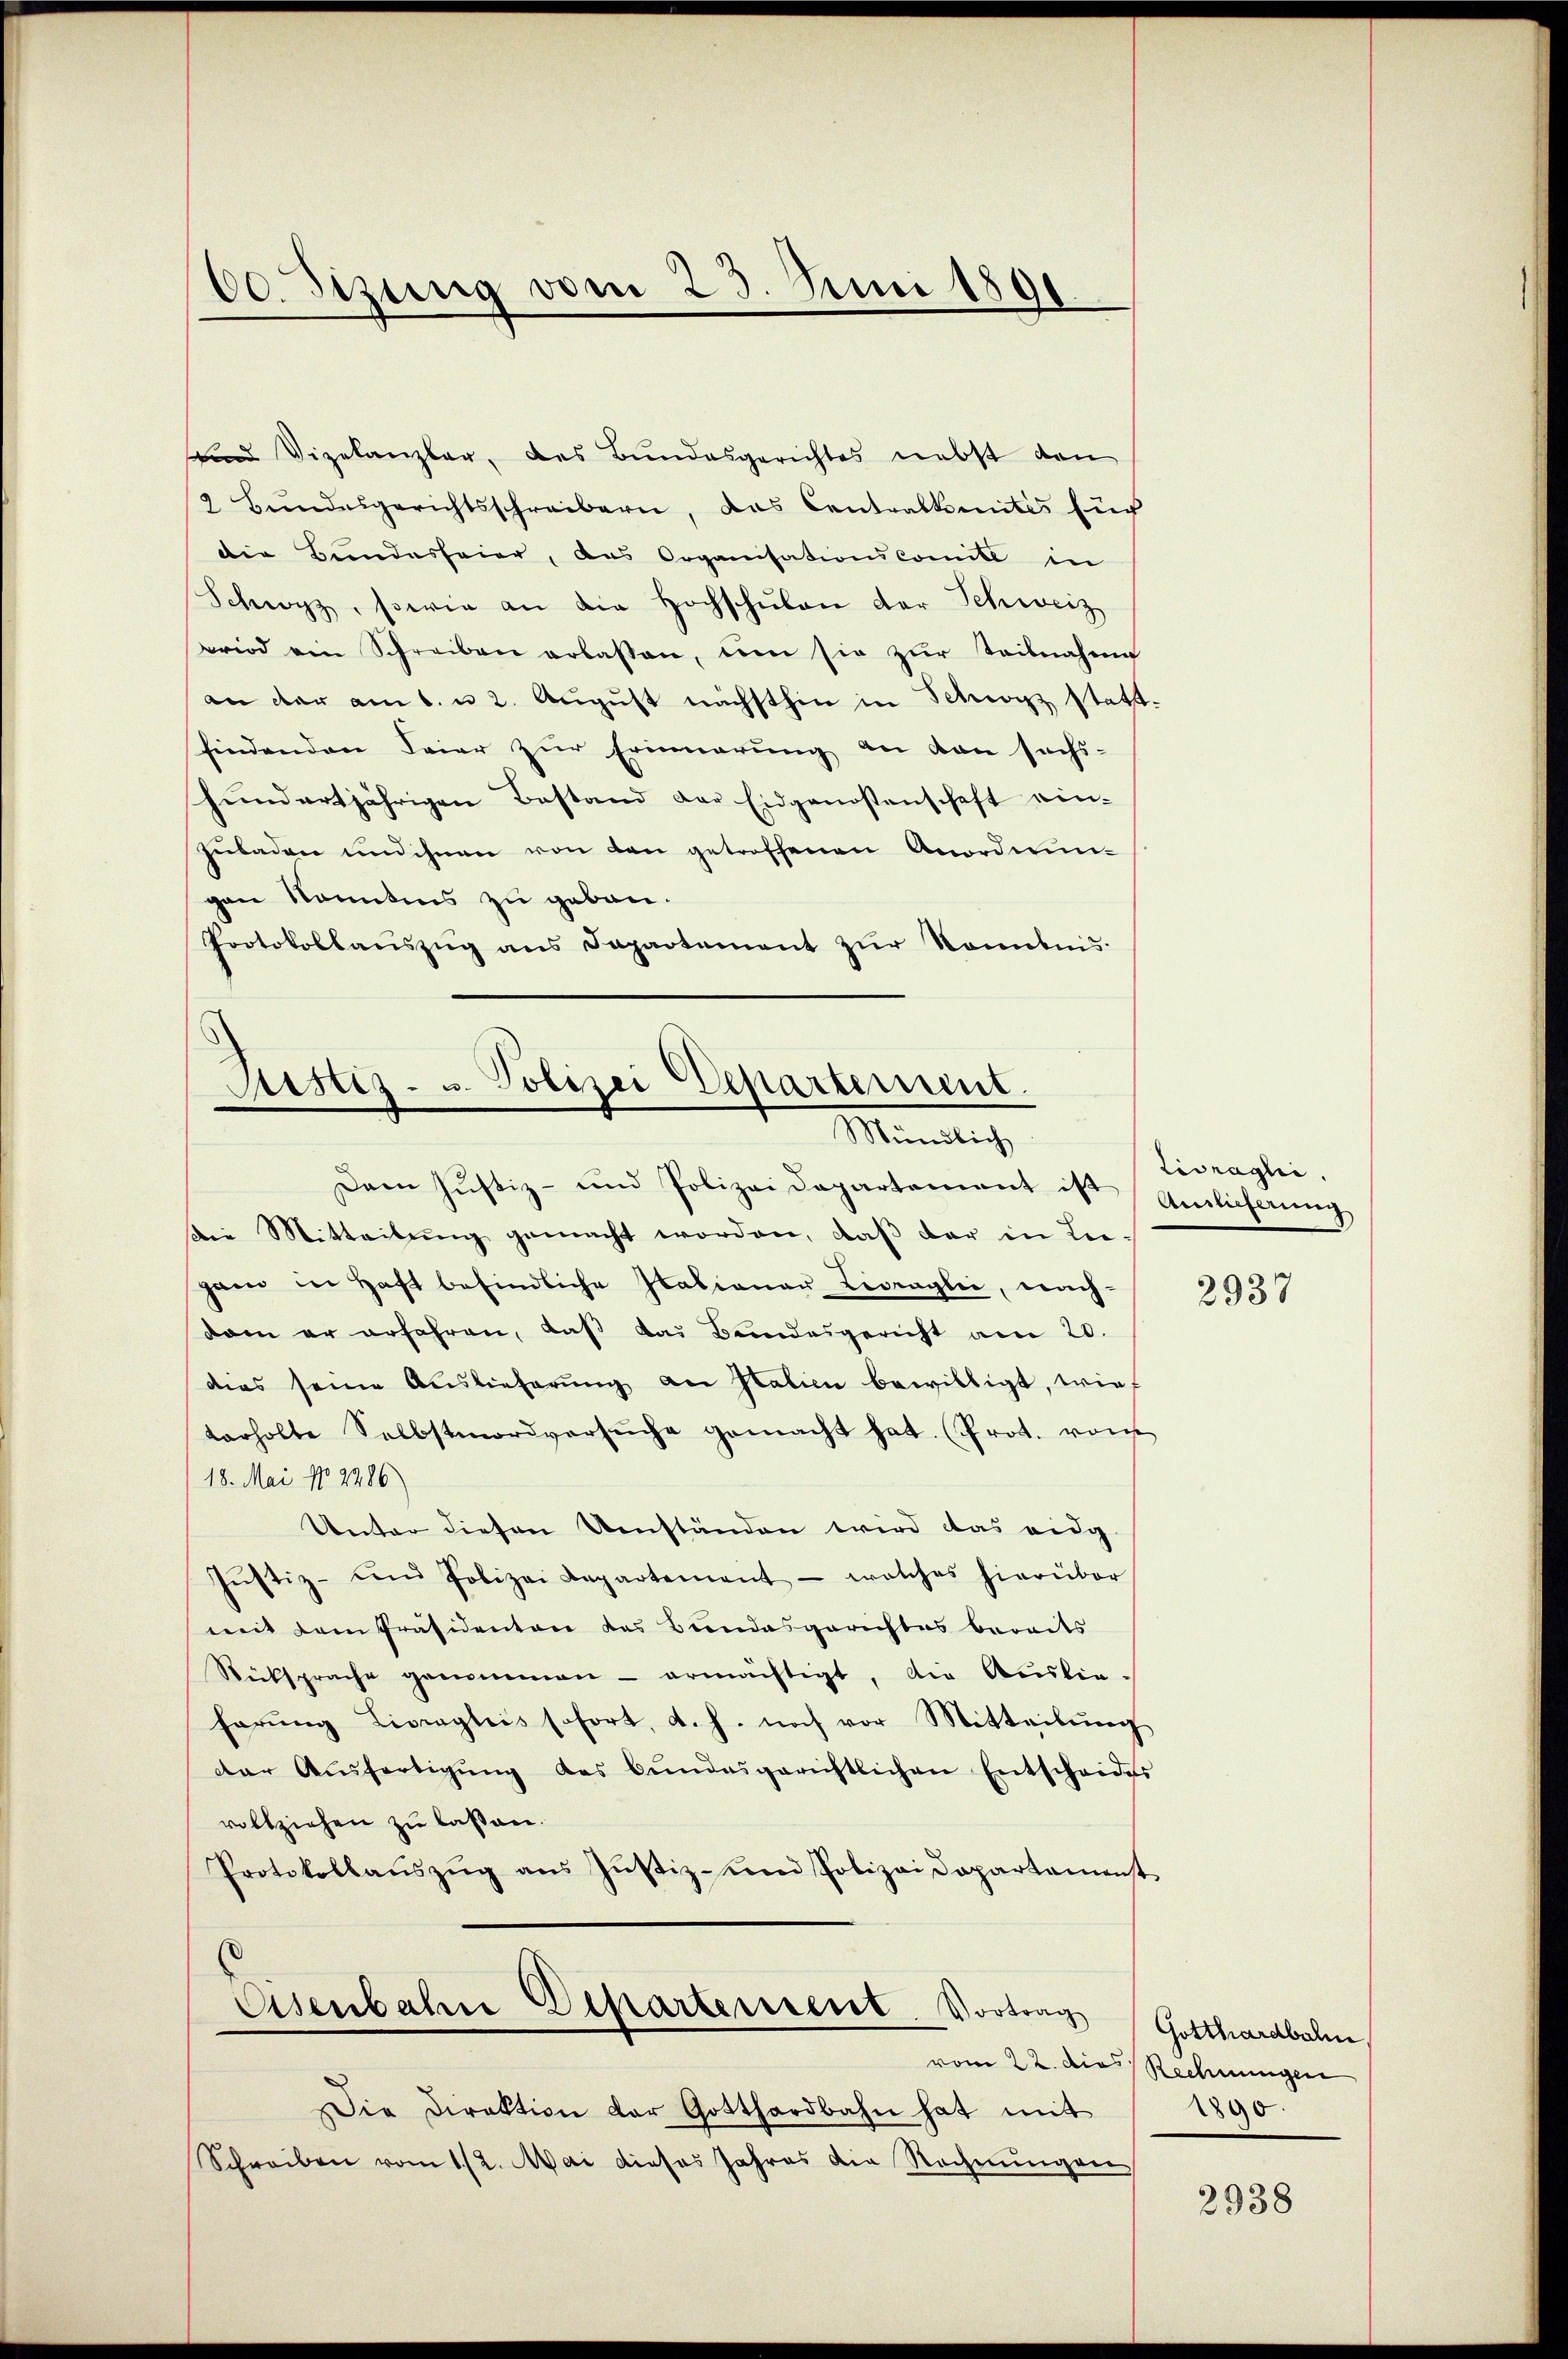
50. Itzung vom 23. Juni 1891.

uund Vizelanzler, des Bundesgerichtes nebst den
2 Bŭndesgerichtsschreibern, das Centralkomités für
die Bundesfeier, das Organisationscomite in
Schwarz, sowie an die Hochschŭlen der Schweiz
wird ein Schreiben erlassen, dem sie zŭr Teilnahme
an der am 1. u 2. August nächsthin in Schwyz stattfindenden Feier zur Erinnerung an den sechs-
hundertjährigen Bestand der Eidgenossenschaft ein-
Jubaden und ihnen von den getroffenen Anordnungen konntens zu geben.
Protokollaŭszŭg ans Departement zŭr Kenntnis

Justiz- u. Polizei Departement.
Minuten

Livragli.

Dem Justiz- und Polizei Departement ist Amlicherung
die Mitteilŭng gemacht worden, daβ der in Leganz in Haft befindliche Italianer Livreglei, nach-
dam er erfahren, daß das Bundesgericht am 20.
dies seine Auslieferŭng an Galien bewilligt, wir
terholte Selbstmordversŭche gemacht hat. (Prot. von
18. Mai No 2286
Unter diesen Umständen wird das eidg.
Jŭstiz- und Polizei Departement - welches hierüber
mit dem Präsidenten das Bundesgerichtes bereits
Rücksprache genommen - ermächtigt, die Auslie-
harŭng Livregleis sofort, d. h. noch vor Mitteilŭng
dar Aŭsfertigŭng des Bŭndesgerichtlichen Entscheides
vollziehen zu laßen.
Protokollaŭszŭg ans Jŭstiz- und Polizeidepartement
Eisenbahne Departerrent. Vortrag Gotthardbahn
vom 22. die Rechnungen
Die Direktion der Gotthardbahn hat mit
Schreiben vom 1./2. Mai dieses Jahres die Rechnŭngen

2937

1890.

2938